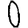
Digit: 0